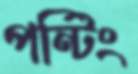
পন্টিং